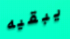
يبقيه